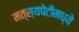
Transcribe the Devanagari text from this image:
मत्स्यपेटीमध्ये